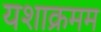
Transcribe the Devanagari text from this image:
यशाक्रमम